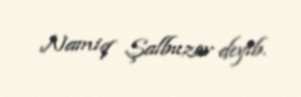
Namiq Şalbuzov deyib.